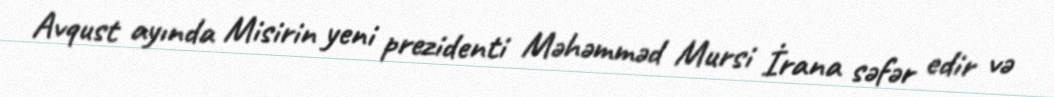
Avqust ayında Misirin yeni prezidenti Məhəmməd Mursi İrana səfər edir və